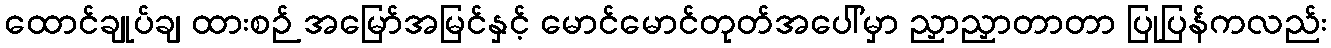
ထောင်ချုပ်ချ ထားစဉ် အမြော်အမြင်နှင့် မောင်မောင်တုတ်အပေါ်မှာ ညှာညှာတာတာ ပြုပြန်ကလည်း